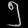
Digit: ၅